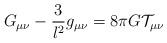
LaTeX: \begin{align*}G_{\mu \nu }-\frac 3{l^2}g_{\mu \nu }=8\pi G\mathcal{T}_{\mu \nu }\end{align*}